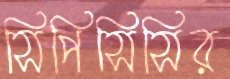
সিপিসিসির